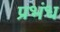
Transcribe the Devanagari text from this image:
प्रभंध